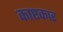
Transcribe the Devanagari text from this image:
काष्टकार